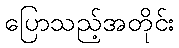
ပြောသည့်အတိုင်း